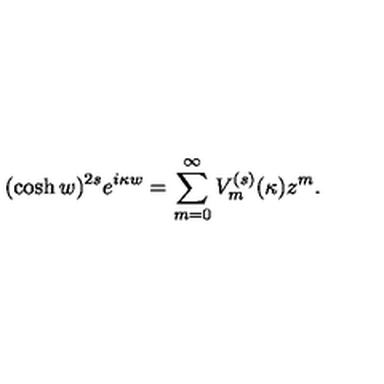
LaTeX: ( \cosh w ) ^ { 2 s } e ^ { i \kappa w } = \sum _ { m = 0 } ^ { \infty } V _ { m } ^ { ( s ) } ( \kappa ) z ^ { m } .